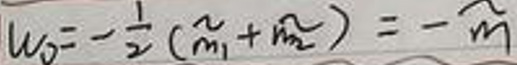
$W_{0}=-\frac {1}{2}(\tilde{m}_{1}+\tilde{m}_{2})=-\tilde{m}$